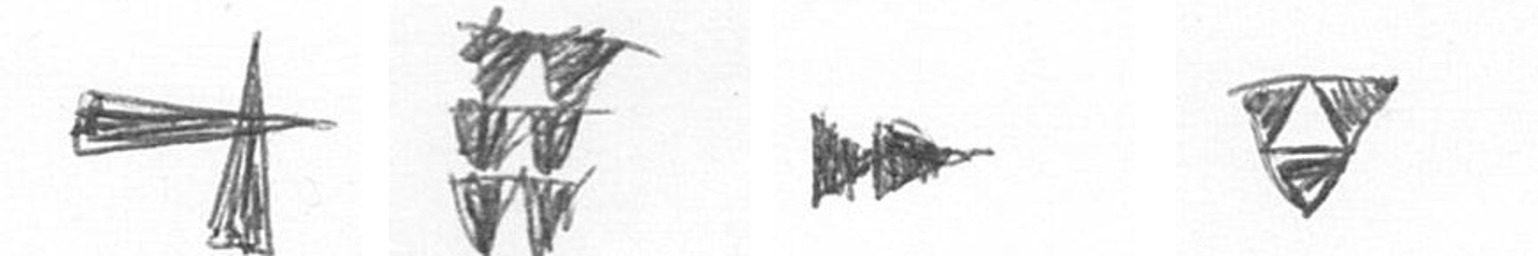
G Y A S